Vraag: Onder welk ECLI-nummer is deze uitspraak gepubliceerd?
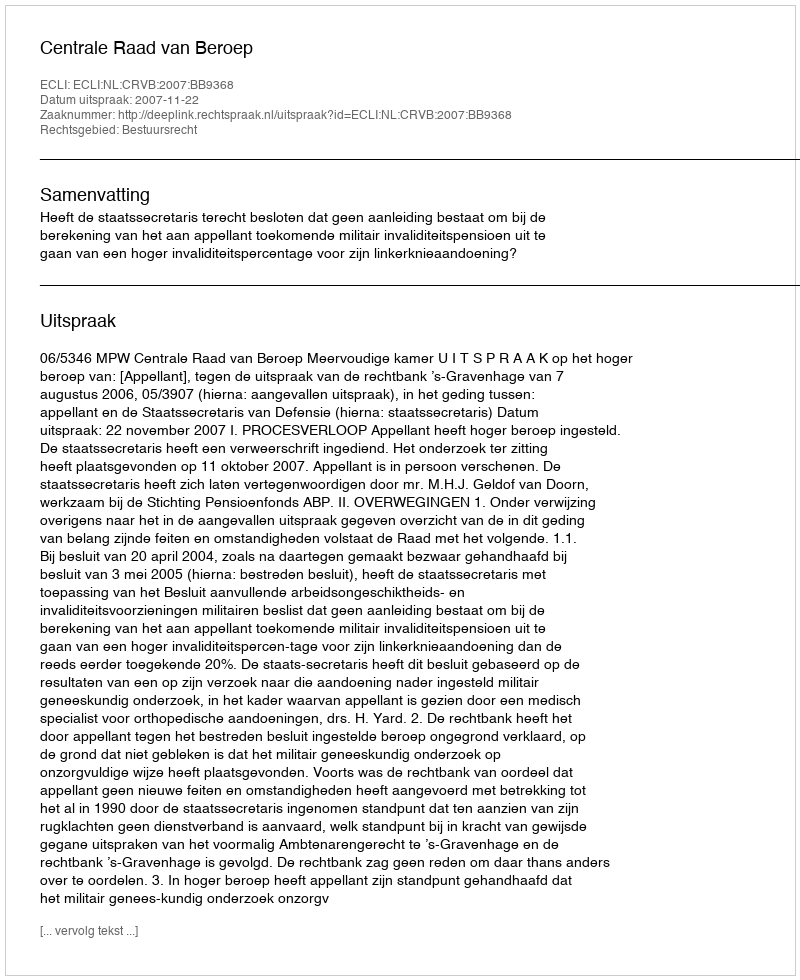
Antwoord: ECLI:NL:CRVB:2007:BB9368